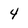
Character: 4